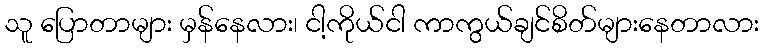
သူ ပြောတာများ မှန်နေလား၊ ငါ့ကိုယ်ငါ ကာကွယ်ချင်စိတ်များနေတာလား